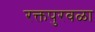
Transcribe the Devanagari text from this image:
रक्तपुरवळा